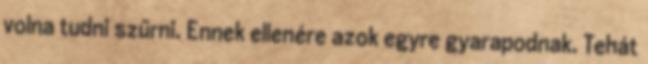
volna tudni szűrni. Ennek ellenére azok egyre gyarapodnak. Tehát